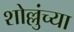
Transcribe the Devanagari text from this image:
शोल्लुंच्या